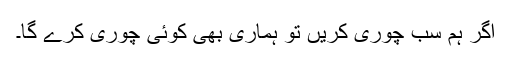
اگر ہم سب چوری کریں تو ہماری بھی کوئی چوری کرے گا۔